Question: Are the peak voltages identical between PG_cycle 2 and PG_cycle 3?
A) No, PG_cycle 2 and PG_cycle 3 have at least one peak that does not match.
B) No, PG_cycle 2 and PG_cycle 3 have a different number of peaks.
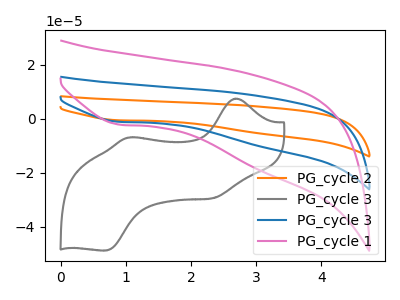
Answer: <think>The orange curve "PG_cycle 2" has a cathodic peak at: (0.90V, -2.35uA). The gray curve "PG_cycle 3" has anodic peaks at (2.70V, 7.40uA) (1.05V, -6.95uA) and cathodic peaks at (2.35V, -29.45uA) (0.70V, -48.80uA). The blue curve "PG_cycle 3" has a cathodic peak at: (0.90V, -1.15uA). The pink curve "PG_cycle 1" has a cathodic peak at: (0.90V, -2.20uA).</think>
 <answer>B) No, "PG_cycle 2" and "PG_cycle 3" have a different number of peaks.</answer>
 <eval>B</eval>